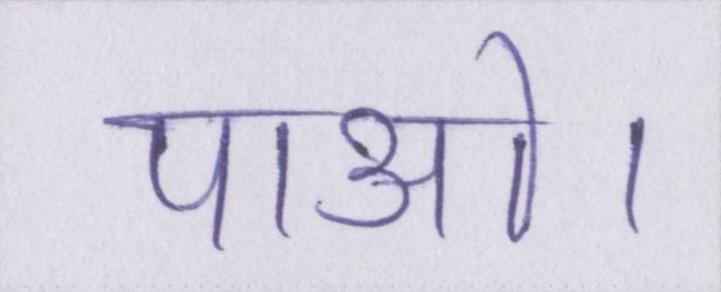
पाओ।